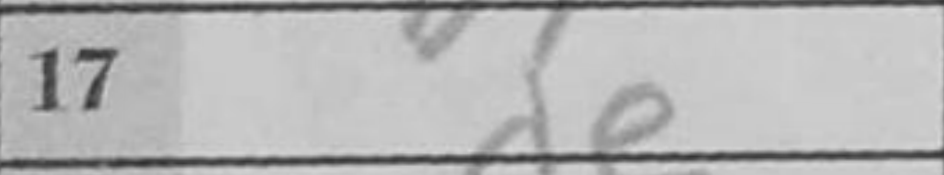
Transcription: de